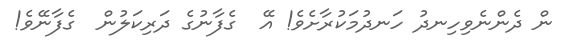
ން ދެންނެވިހިނދު ހަނދުމަކުރާށެވެ! އޭ  ގެފާނުގެ ދަރިކަލުން  ގެފާނޭވެ!